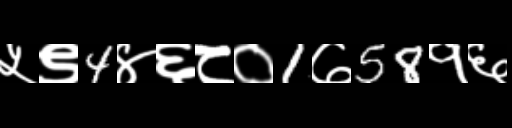
Text: ५९4४६८०1७58१६